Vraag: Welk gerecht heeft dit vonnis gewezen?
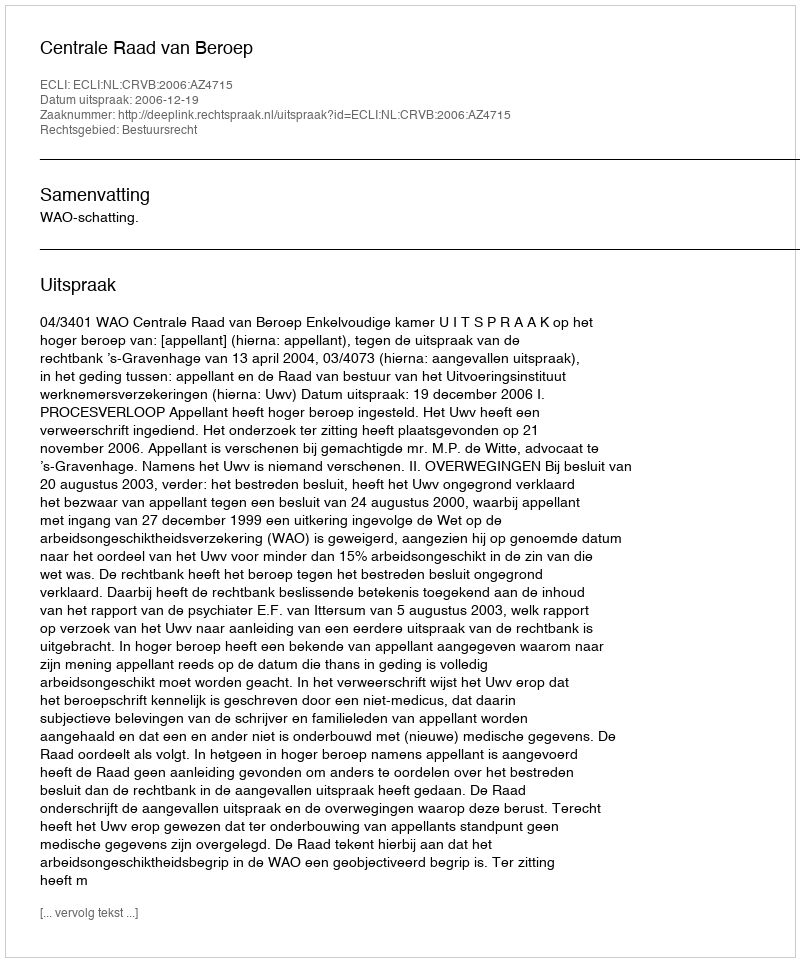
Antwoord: Centrale Raad van Beroep